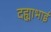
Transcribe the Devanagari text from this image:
दह्याभाई